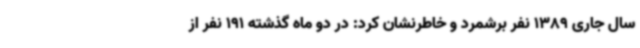
سال جاری 1389 نفر برشمرد و خاطرنشان کرد: در دو ماه گذشته 191 نفر از